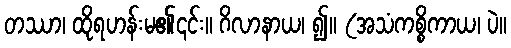
တဿာ၊ ထိုရဟန်းမ၏၎င်း။ ဂိလာနာယ၊ ၍။ (အသံကစ္စိကာယ၊ ပဲ။